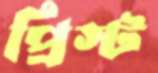
প্রিস্ট